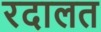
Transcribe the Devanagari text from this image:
रदालत